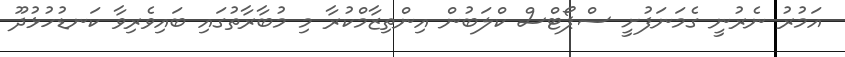
އަމުރު ނެރުނީ ގެމަނަފުށީ ސްޕޯޓްސް ކްލަބުން އިންތިޒާމްކުރާ މި މުބާރާތުގައި ބައިވެރިވާ ކަނޑުހުޅުދޫ